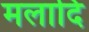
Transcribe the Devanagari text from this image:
मलादि